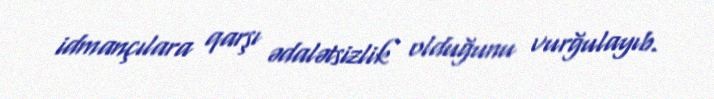
idmançılara qarşı ədalətsizlik olduğunu vurğulayıb.